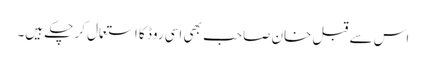
اس سے قبل خان صاحب بھی اسی روڈ کا استعمال کر چکے ہیں۔